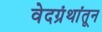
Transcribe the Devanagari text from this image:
वेदग्रंथांतून